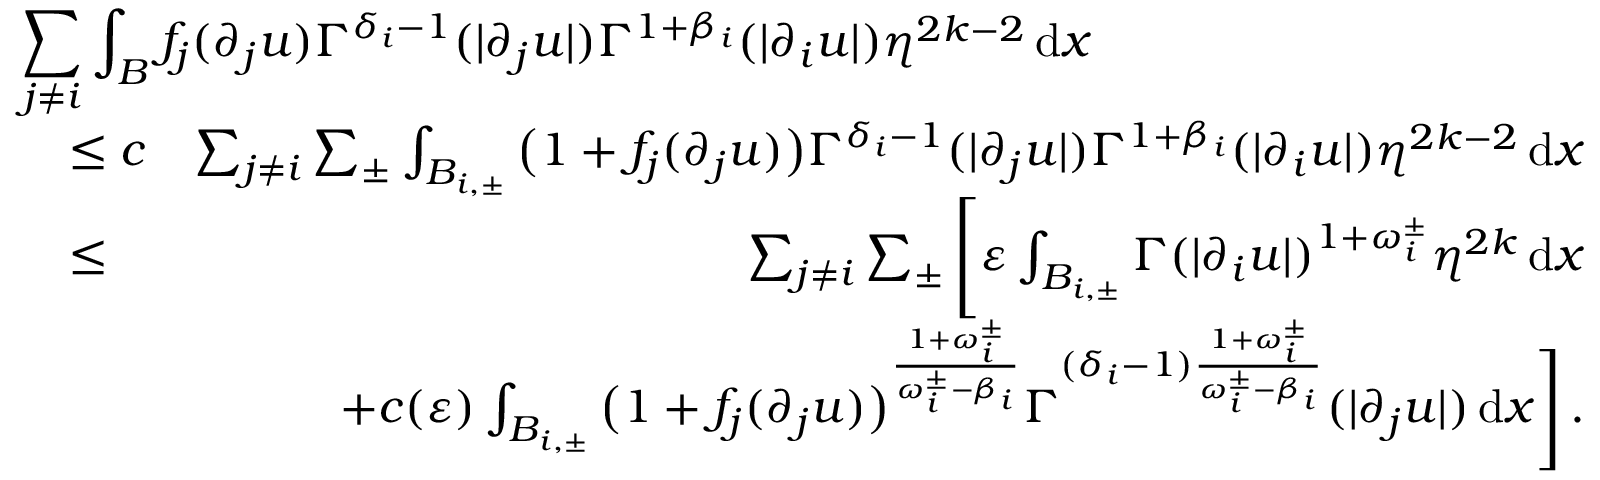
\begin{array} { r l r } { \lefteqn { \sum _ { j \not = i } \int _ { B } f _ { j } ( \partial _ { j } u ) \Gamma ^ { \delta _ { i } - 1 } ( | \partial _ { j } u | ) \Gamma ^ { 1 + \beta _ { i } } ( | \partial _ { i } u | ) \eta ^ { 2 k - 2 } \, \mathrm { d } x } } \\ & { \leq c } & { \sum _ { j \not = i } \sum _ { \pm } \int _ { B _ { i , \pm } } \big ( 1 + f _ { j } ( \partial _ { j } u ) \big ) \Gamma ^ { \delta _ { i } - 1 } ( | \partial _ { j } u | ) \Gamma ^ { 1 + \beta _ { i } } ( | \partial _ { i } u | ) \eta ^ { 2 k - 2 } \, \mathrm { d } x } \\ & { \leq } & { \sum _ { j \not = i } \sum _ { \pm } \Bigg [ \varepsilon \int _ { B _ { i , \pm } } \Gamma ( | \partial _ { i } u | ) ^ { 1 + \omega _ { i } ^ { \pm } } \eta ^ { 2 k } \, \mathrm { d } x } \\ & { } & { + c ( \varepsilon ) \int _ { B _ { i , \pm } } \big ( 1 + f _ { j } ( \partial _ { j } u ) \big ) ^ { \frac { 1 + \omega _ { i } ^ { \pm } } { \omega _ { i } ^ { \pm } - \beta _ { i } } } \Gamma ^ { ( \delta _ { i } - 1 ) \frac { 1 + \omega _ { i } ^ { \pm } } { \omega _ { i } ^ { \pm } - \beta _ { i } } } ( | \partial _ { j } u | ) \, \mathrm { d } x \Bigg ] \, . } \end{array}